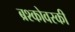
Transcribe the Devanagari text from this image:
ब्रश्कोवस्की